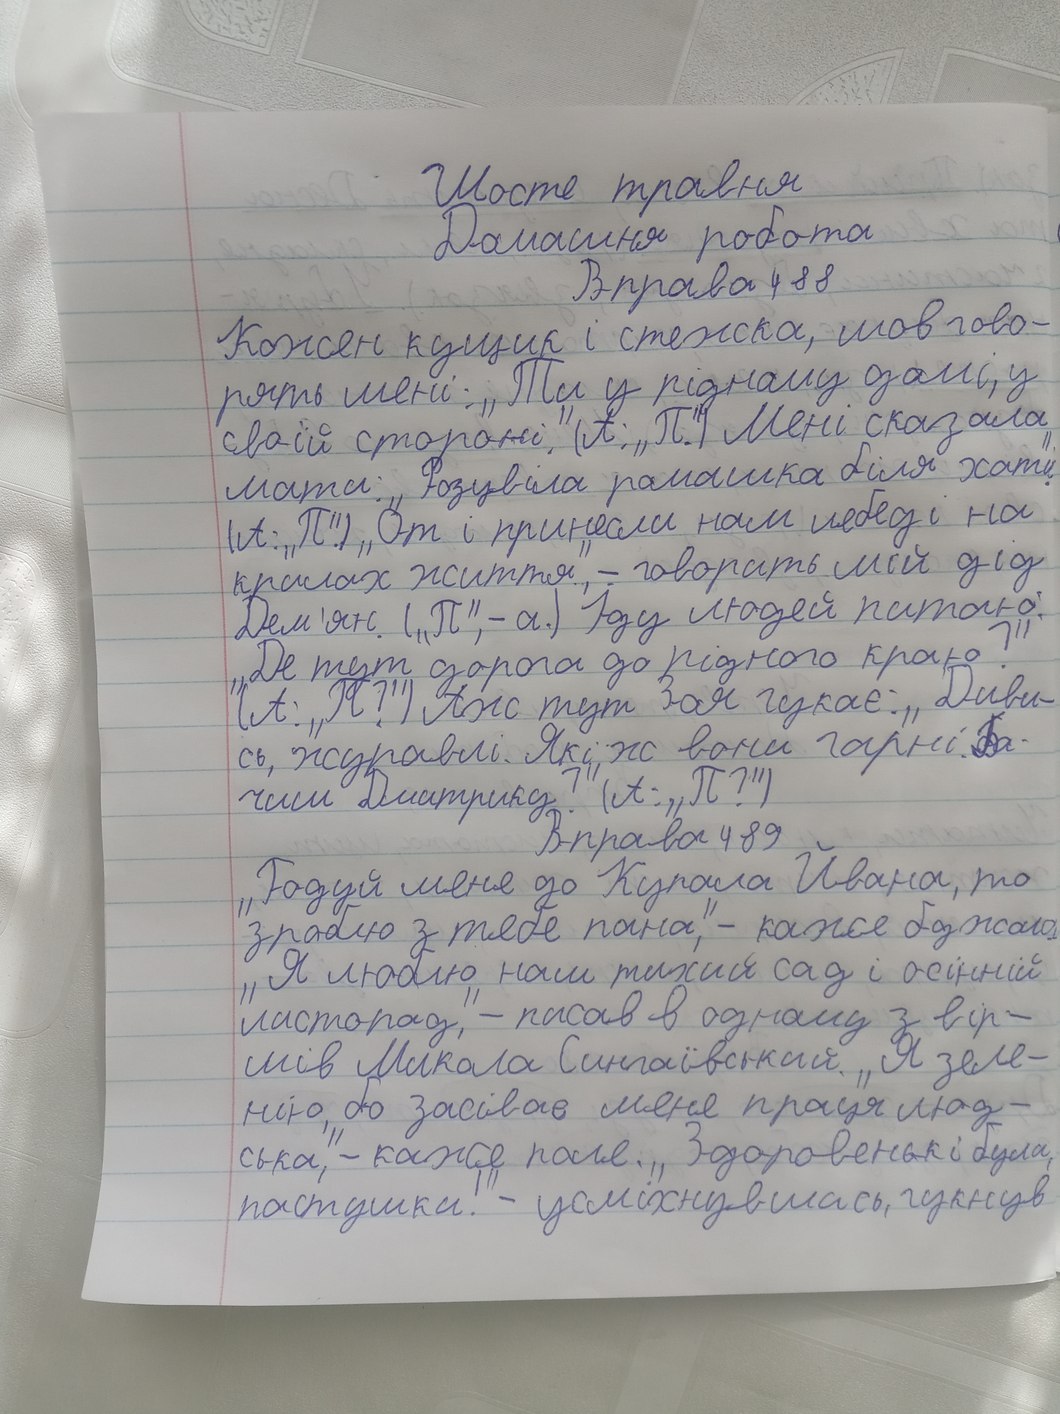
Шосте травня
Домашня робота
Вправа 488
Кожен кущик і стежка, мов гово-
рять мені: „Ти у рідному домі, у
своїй стороні". (А: "П.") Мені сказала
мати: „Розцвіла ромашка біля хати.
(А: „П".) „От і принесли нам лебеді на
крилах життя", - говорить мій дід
Дем'ян. ("П", - а.) Іду людей питаю:
"Де тут дорога до рідного краю?"
(А: „П?") Аж тут Зоя гукає: „Диви-
сь, журавлі. Які ж вони гарні. Ба-
чиш, Дмитрику?" (А:"П?")
Вправа 489
„Годуй меня до Купала Йвана, то
зроблю з тебе пана,"- каже бджола.
„Я люблю наш тихий сад і осінній
листопад," - писав в одному з вір-
шів Микола Сингаївський. „Я зеле-
нію, бо засівав мене праця люд-
ська," - каже поле. "Здоровенькі були,
пастушки!" - усміхнувшись, гукнув